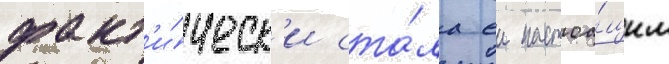
факт'и́ческ'и ста́ла еи настоа́щим